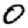
Digit: 0